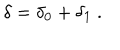
LaTeX: \delta = \delta _ { 0 } + \delta _ { 1 } \ .